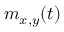
m _ { x , y } ( t )